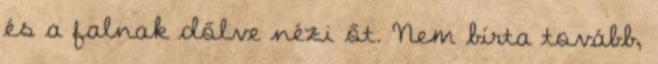
és a falnak dőlve nézi őt. Nem bírta tovább,